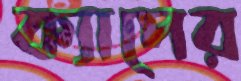
ক্যাপের